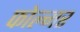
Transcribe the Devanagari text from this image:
फोल्मर